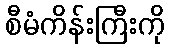
စီမံကိန်းကြီးကို